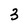
Character: 3